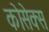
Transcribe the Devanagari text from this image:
कोसेक्स